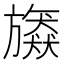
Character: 𣄠